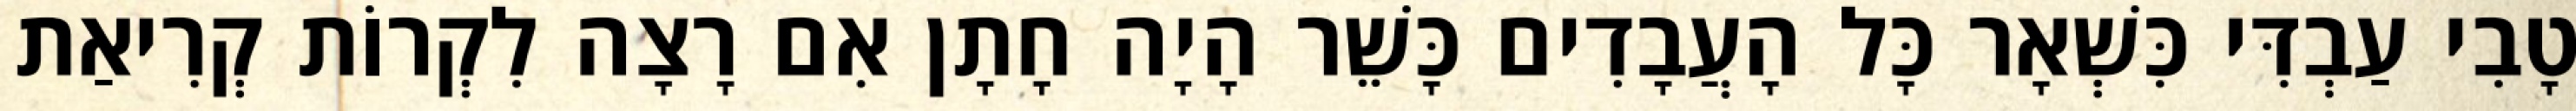
טָבִי עַבְדִּי כִּשְׁאָר כָּל הָעֲבָדִים כָּשֵׁר הָיָה חָתָן אִם רָצָה לִקְרוֹת קְרִיאַת